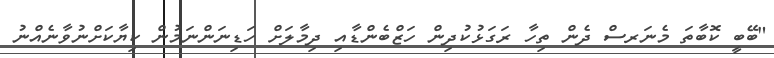
"ބޭބީ ކޮބާތަ މެނަރސް ދެން ތިހާ ރަގަޅުކުދިން ހަޒްބެންޑާއި ދިމާލަށް ހަޑިނަންނަމުން ކިޔާކަށްނުވާނެއްނު